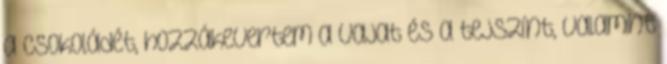
a csokoládét, hozzákevertem a vajat és a tejszínt, valamint